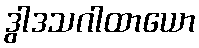
ဒွါဒသဂါထာယော